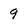
Character: 9